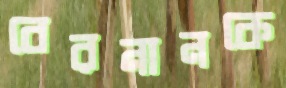
বেরনানকে